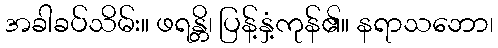
အခါခပ်သိမ်း။ ဖရန္တိ၊ ပြန့်နှံ့ကုန်၏။ နရာသဘော၊